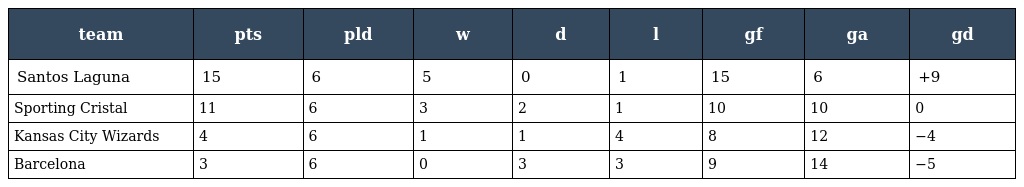
| team | pts | pld | w | d | l | gf | ga | gd |
 | --- | --- | --- | --- | --- | --- | --- | --- | --- |
 | Santos Laguna | 15 | 6 | 5 | 0 | 1 | 15 | 6 | +9 |
 | Sporting Cristal | 11 | 6 | 3 | 2 | 1 | 10 | 10 | 0 |
 | Kansas City Wizards | 4 | 6 | 1 | 1 | 4 | 8 | 12 | −4 |
 | Barcelona | 3 | 6 | 0 | 3 | 3 | 9 | 14 | −5 |